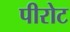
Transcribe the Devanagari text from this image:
पीरोट